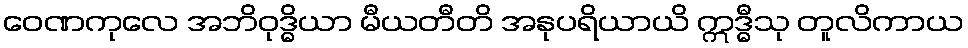
ဝေဏကုလေ အဘိဝုဒ္ဓိယာ မီယတီတိ အနုပရိယာယိ ဣဒ္ဓီသု တူလိကာယ